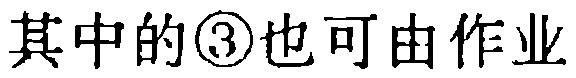
其中的\textcircled{3}也可由作业